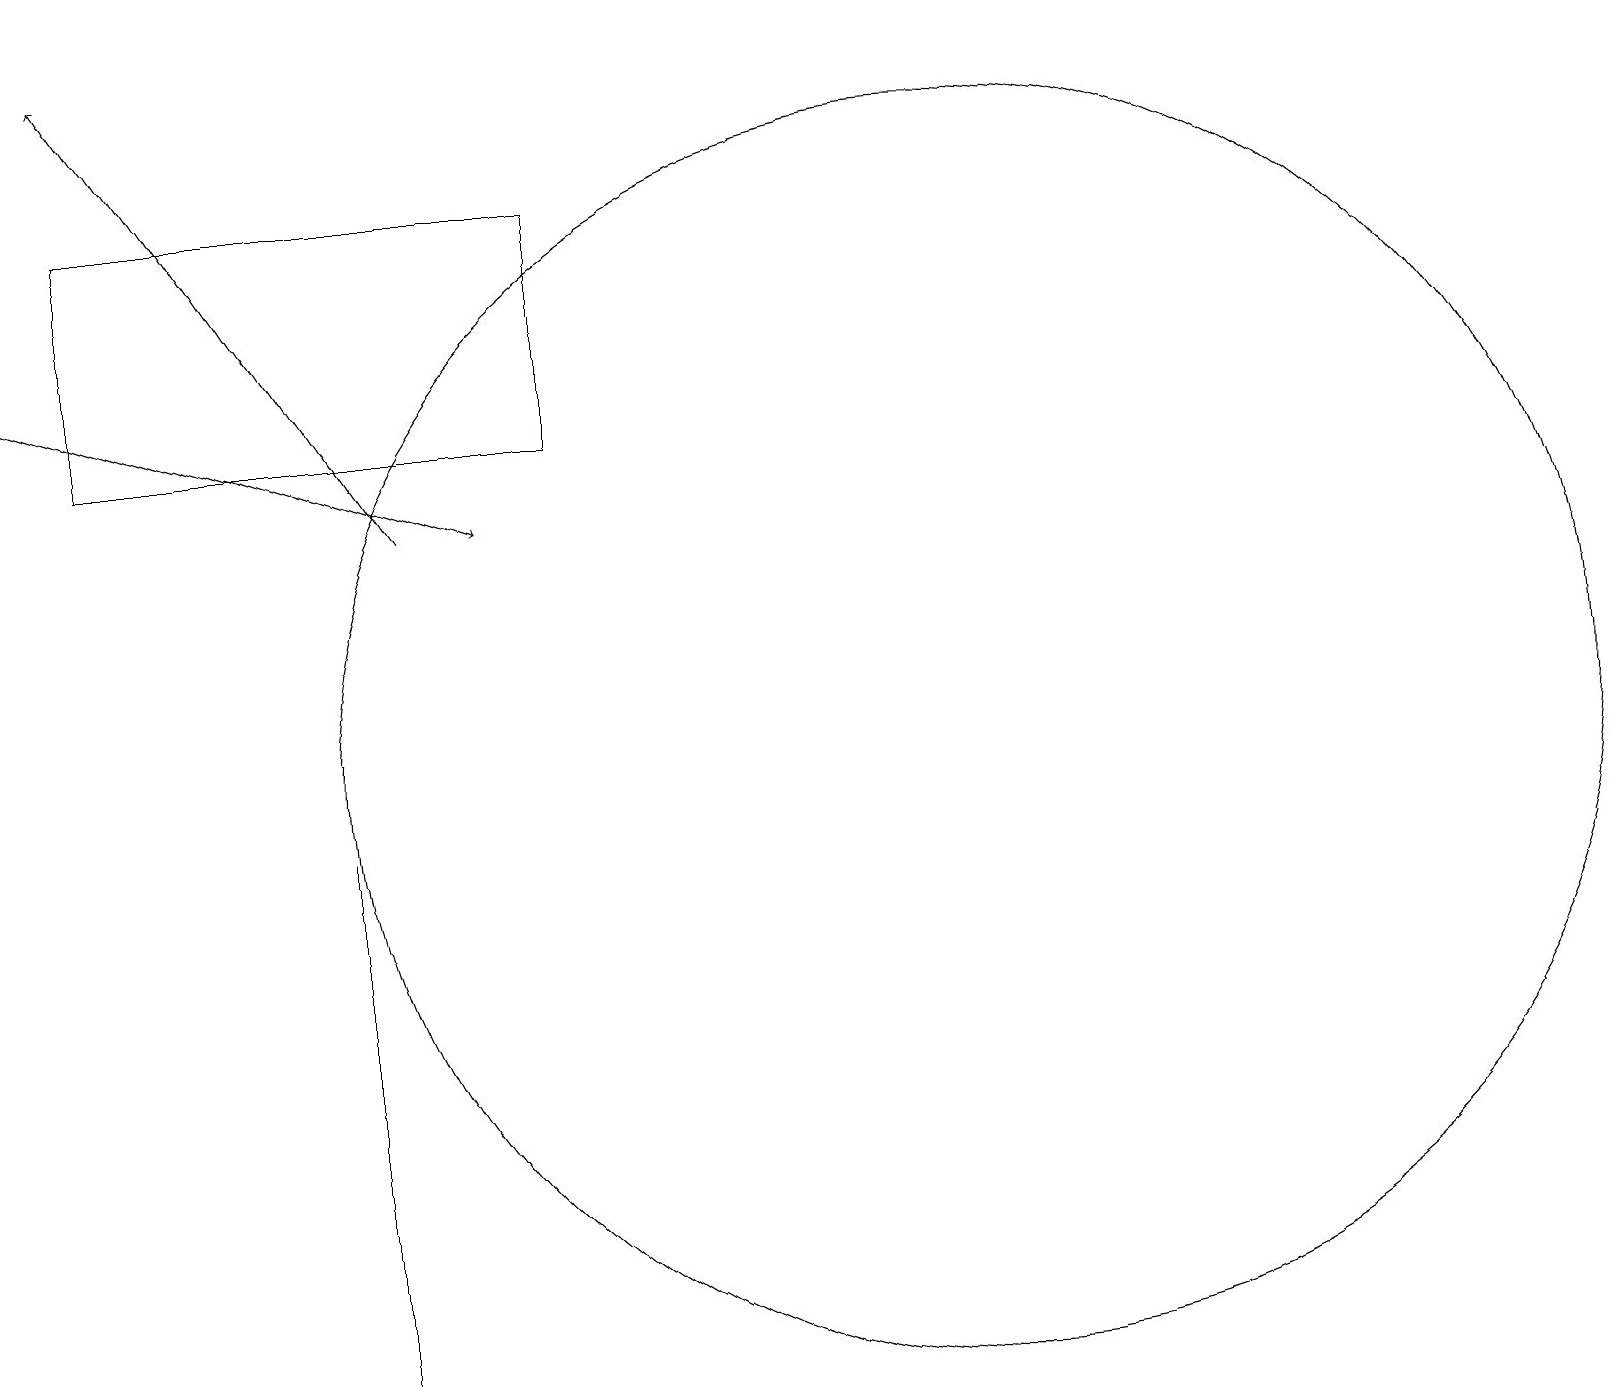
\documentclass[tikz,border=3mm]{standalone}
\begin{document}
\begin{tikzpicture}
\draw[->] (0,15) -- (6,13);
\draw (12,10) circle (8);
\draw[->] (5,13) -- (1,19);
\draw (4,8) -- (4,2) -- (4,9) -- cycle;
\draw (7,17) rectangle (1,14);
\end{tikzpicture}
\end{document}